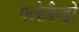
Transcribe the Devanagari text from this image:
एलेज़ैन्ड्रो